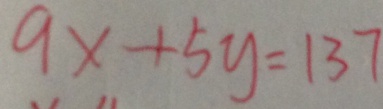
9 x + 5 y = 1 3 7